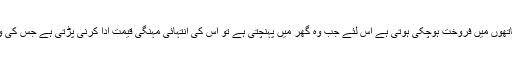
 اس کے دنیاوی نقصانات میں سے اہم ترین نقصان یہ ہوتاہے کہ چونکہ وہ منزل تک پہنچتے پہنچتے کئی ہاتھوں میں فروخت ہوچکی ہوتی ہے اس لئے جب وہ گھر میں پہنچتی ہے تو اُس کی انتہائی مہنگی قیمت ادا کرنی پڑتی ہے جس کی وجہ سے مارکیٹ میں چڑھاؤ آتا ہے جو غریب و متوسط طبقہ کے لئے بالخصوص ظلم کے مترادف ہے۔